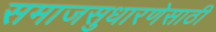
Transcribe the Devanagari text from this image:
समाजसुधारणेसाठी